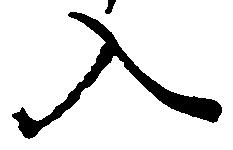
入